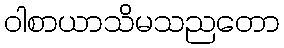
ဝါစာယာသိမသညတော